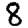
Digit: 8